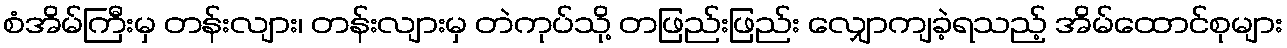
စံအိမ်ကြီးမှ တန်းလျား၊ တန်းလျားမှ တဲကုပ်သို့ တဖြည်းဖြည်း လျှောကျခဲ့ရသည့် အိမ်ထောင်စုများ